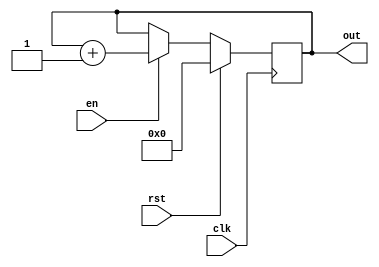
`timescale 1 ns / 100 ps



module counter #(
    //Top level block parameters
    parameter WIDTH = 4
) (
	out,
	clk,
    en,
	rst
);

   

//Output ports
output reg [WIDTH-1:0] out;

//Input ports
input clk;
input rst;
input en;
   



always @(posedge clk) begin
  if (rst) begin
    out <= 0;
  end else if (en) begin
    out <= out + 1;
  end
end
endmodule //lfsr_10bit